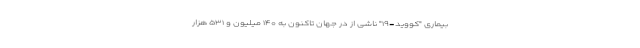
بیماری "کووید-۱۹" ناشی از در جهان تاکنون به ۱۴۰ میلیون و ۵۳۱ هزار